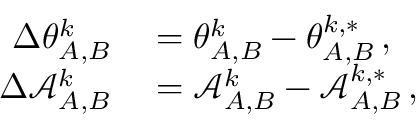
\begin{array} { r l } { \Delta \theta _ { A , B } ^ { k } } & { { } = \theta _ { A , B } ^ { k } - \theta _ { A , B } ^ { k , * } \, , } \\ { \Delta \mathcal { A } _ { A , B } ^ { k } } & { { } = \mathcal { A } _ { A , B } ^ { k } - \mathcal { A } _ { A , B } ^ { k , * } \, , } \end{array}